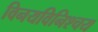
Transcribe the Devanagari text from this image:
विनयविनिश्चय